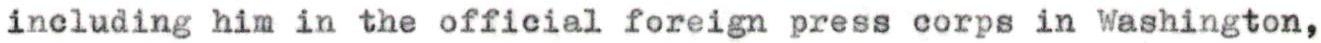
including him in the official foreign press corps in Washington,